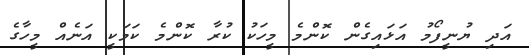
އަދި ޔުނީފޯމު އަޅައިގެން ކޮންމެ މީހަކު ކުރާ ކޮންމެ ކަމަކީ އަނެއް މީހާގެ